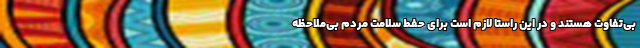
بی‌تفاوت هستند و در این راستا لازم است برای حفط سلامت مردم بی‌ملاحظه